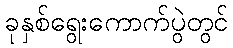
ခုနှစ်ရွေးကောက်ပွဲတွင်